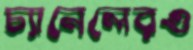
চ্যানেলেরও